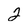
Character: 2